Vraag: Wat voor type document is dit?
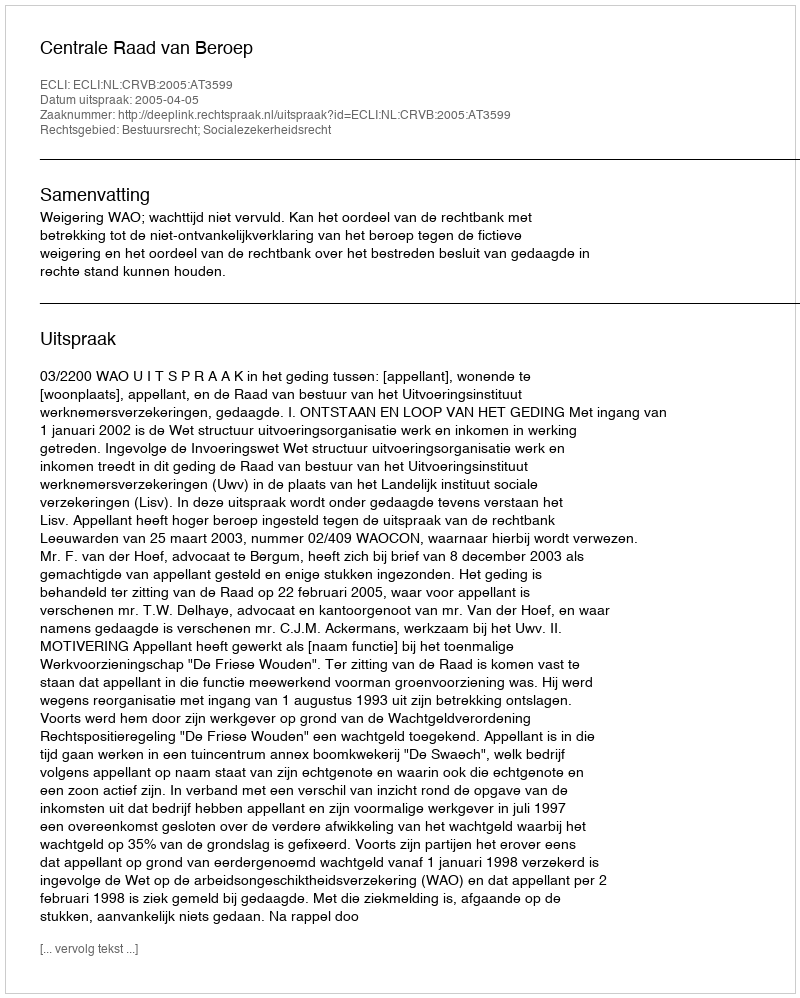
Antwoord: Uitspraak